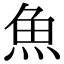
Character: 魚